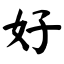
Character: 好